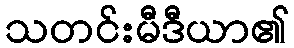
သတင်းမီဒီယာ၏